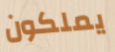
يملكون